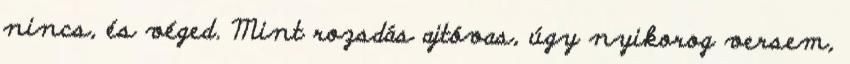
nincs, és véged. Mint rozsdás ajtóvas, úgy nyikorog versem,